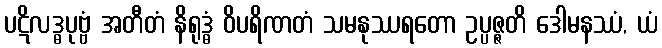
ပဋိလဒ္ဓပုဗ္ဗံ အတီတံ နိရုဒ္ဓံ ဝိပရိဏတံ သမနုဿရတော ဥပ္ပဇ္ဇတိ ဒေါမနဿံ, ယံ